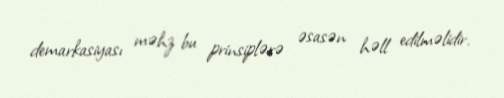
demarkasiyası məhz bu prinsiplərə əsasən həll edilməlidir.